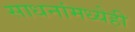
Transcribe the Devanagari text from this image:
साधनांमध्येही